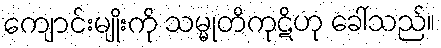
ကျောင်းမျိုးကို သမ္မုတိကုဋိဟု ခေါ်သည်။